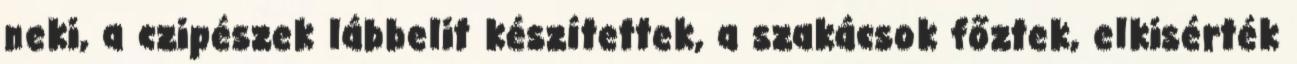
neki, a czipészek lábbelit készítettek, a szakácsok főztek, elkisérték